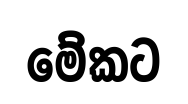
මේකට